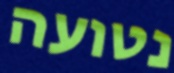
נטועה